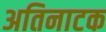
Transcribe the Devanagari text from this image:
अतिनाटक